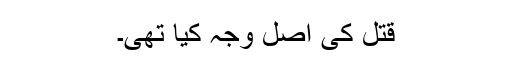
قتل کی اصل وجہ کیا تھی۔